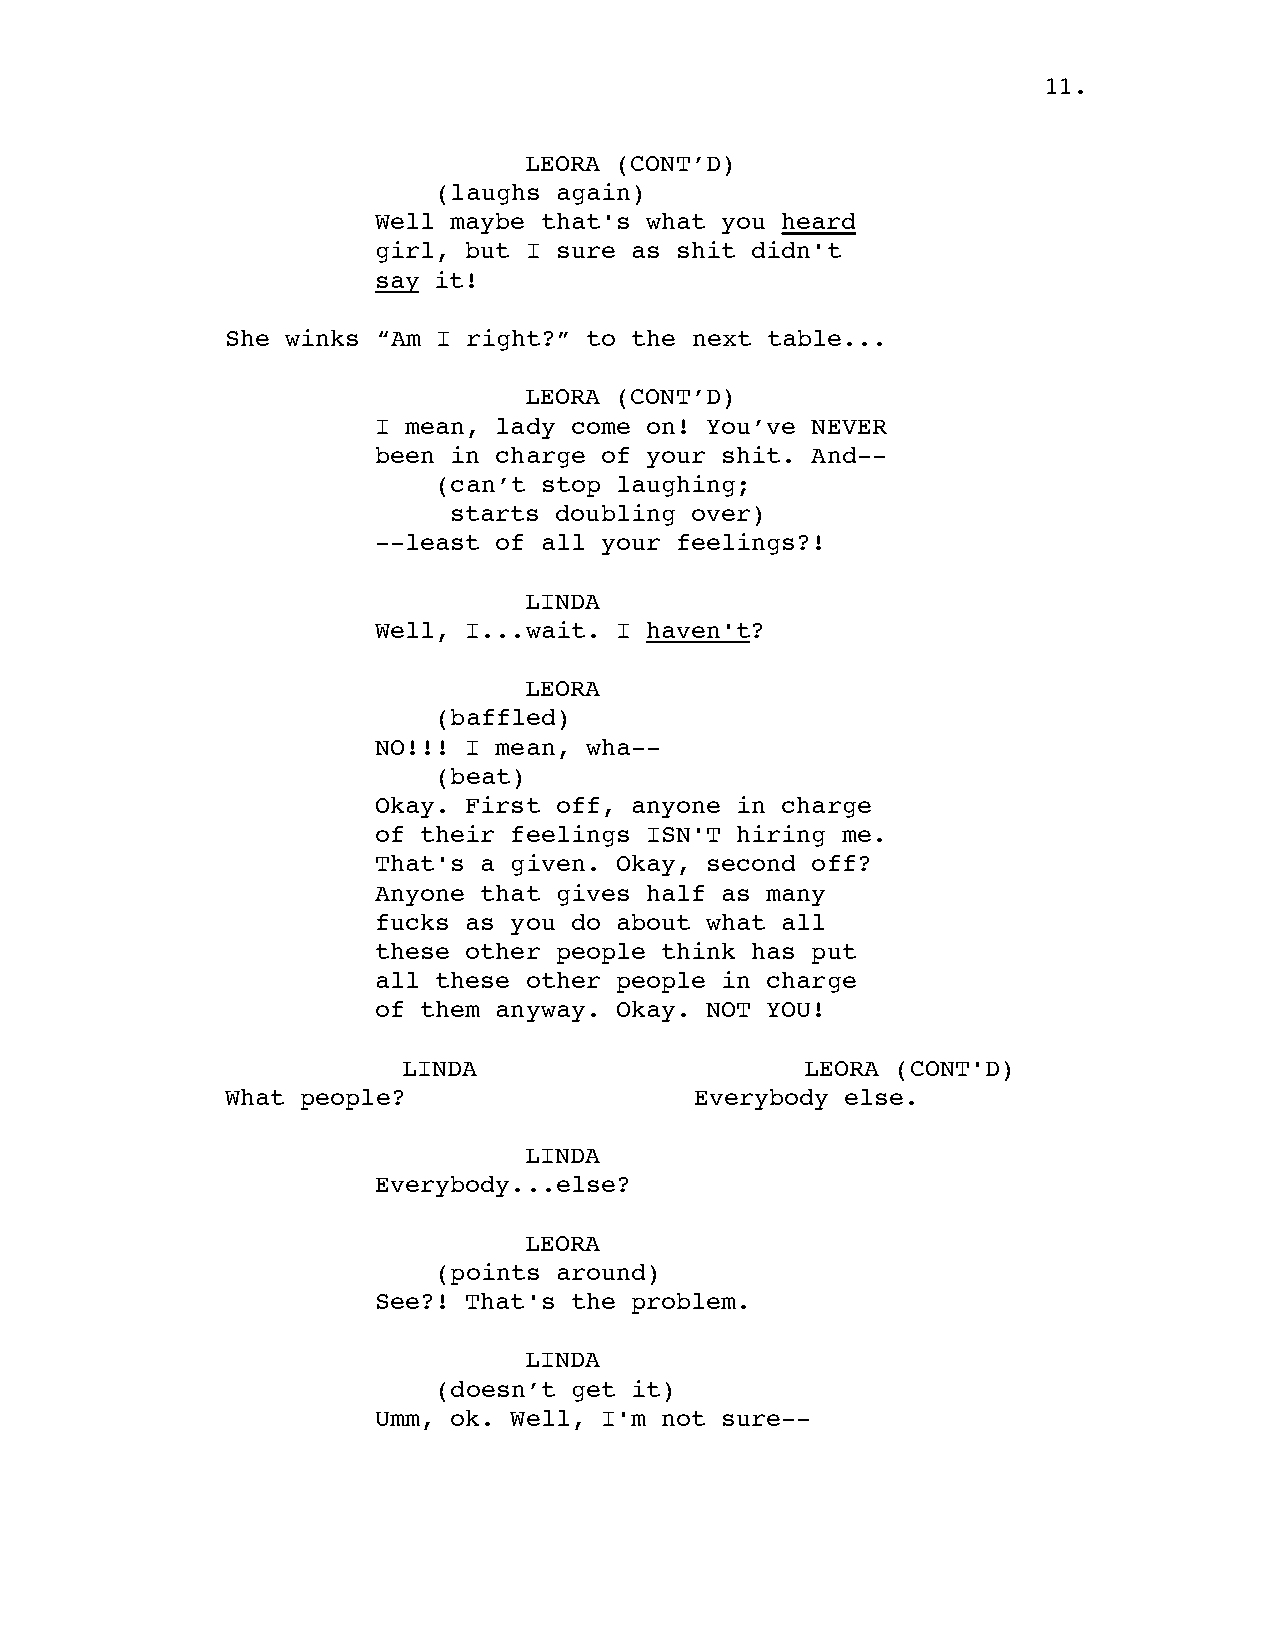
11.
 LEORA (CONT’D)
 (laughs again)
 Well maybe that's what you heard
 girl, but I sure as shit didn't
 say it!
 She winks “Am I right?” to the next table...
 LEORA (CONT’D)
 I mean, lady come on! You’ve NEVER
 been in charge of your shit. And--
 (can’t stop laughing;
 starts doubling over)
 --least of all your feelings?!
 LINDA
 Well, I...wait. I haven't?
 LEORA
 (baffled)
 NO!!! I mean, wha--
 (beat)
 Okay. First off, anyone in charge
 of their feelings ISN'T hiring me.
 That's a given. Okay, second off?
 Anyone that gives half as many
 fucks as you do about what all
 these other people think has put
 all these other people in charge
 of them anyway. Okay. NOT YOU!
 LINDA                     LEORA (CONT'D)
 What people?                   Everybody else.
 LINDA
 Everybody...else?
 LEORA
 (points around)
 See?! That's the problem.
 LINDA
 (doesn’t get it)
 Umm, ok. Well, I'm not sure--